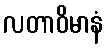
လတာဝိမာနံ